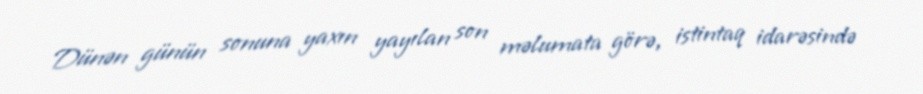
Dünən günün sonuna yaxın yayılan son məlumata görə, istintaq idarəsində